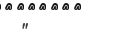
"